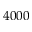
4 0 0 0